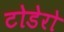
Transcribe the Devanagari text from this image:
टोडेरो